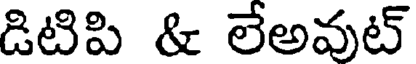
డిటిపి & లేఅవుట్